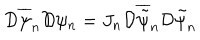
{ \cal D } \overline { { { \psi } } } _ { n } { \cal D } \psi _ { n } = J _ { n } { \cal D } \overline { { { \tilde { \psi } } } } _ { n } { \cal D } \tilde { \psi } _ { n }